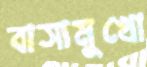
বাসামুখো